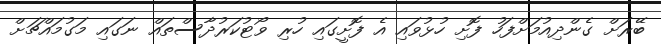
ބޭރަށް ގެންދިއުމަށްފަހު ފޮށި ހުޅުވައި އެ ފޮށީގައި ހުރި ވޯޓުކަރުދާސްތައް ނަގައި މަގުމައްޗަށް